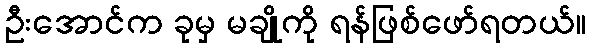
ဦးအောင်က ခုမှ မချိုကို ရန်ဖြစ်ဖော်ရတယ်။